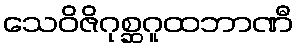
သေဝိဇိဂုစ္ဆဂူထဘာဏီ